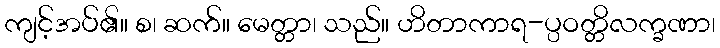
ကျင့်အပ်၏။ စ၊ ဆက်။ မေတ္တာ၊ သည်။ ဟိတာကာရ-ပ္ပဝတ္တိလက္ခဏာ၊